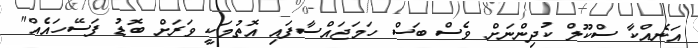
އަނެއްކާ ސްކޫލް ކުދިންނަށް ވެސް ބަސް ހަމަޖައްސާފައި އޮތުމަކީ ވަރަށް ބޮޑު ފަސޭހައެއް"